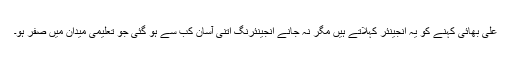
علی بھائی کہنے کو یہ انجینئر کہلاتے ہیں مگر نہ جانے انجینئرنگ اتنی آسان کب سے ہو گئی جو تعلیمی میدان میں صفر ہو۔